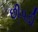
છીપડી